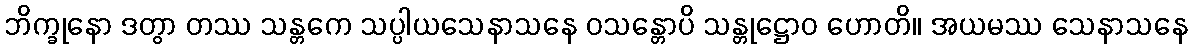
ဘိက္ခုနော ဒတွာ တဿ သန္တကေ သပ္ပါယသေနာသနေ ဝသန္တောပိ သန္တုဋ္ဌောဝ ဟောတိ။ အယမဿ သေနာသနေ